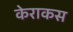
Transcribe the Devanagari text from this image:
केराकस